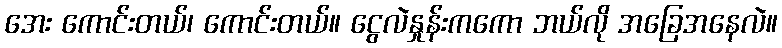
အေး ကောင်းတယ်၊ ကောင်းတယ်။ ငွေလဲနှုန်းကကော ဘယ်လို အခြေအနေလဲ။